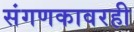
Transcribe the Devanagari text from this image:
संगणकावरही